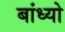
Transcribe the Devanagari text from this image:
बांध्‍यो